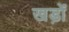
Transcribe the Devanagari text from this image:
खड़ों